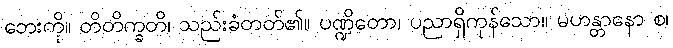
ဘေးကို။ တိတိက္ခတိ၊ သည်းခံတတ်၏။ ပဏ္ဍိတော၊ ပညာရှိကုန်သော။ မဟန္တာနော စ၊